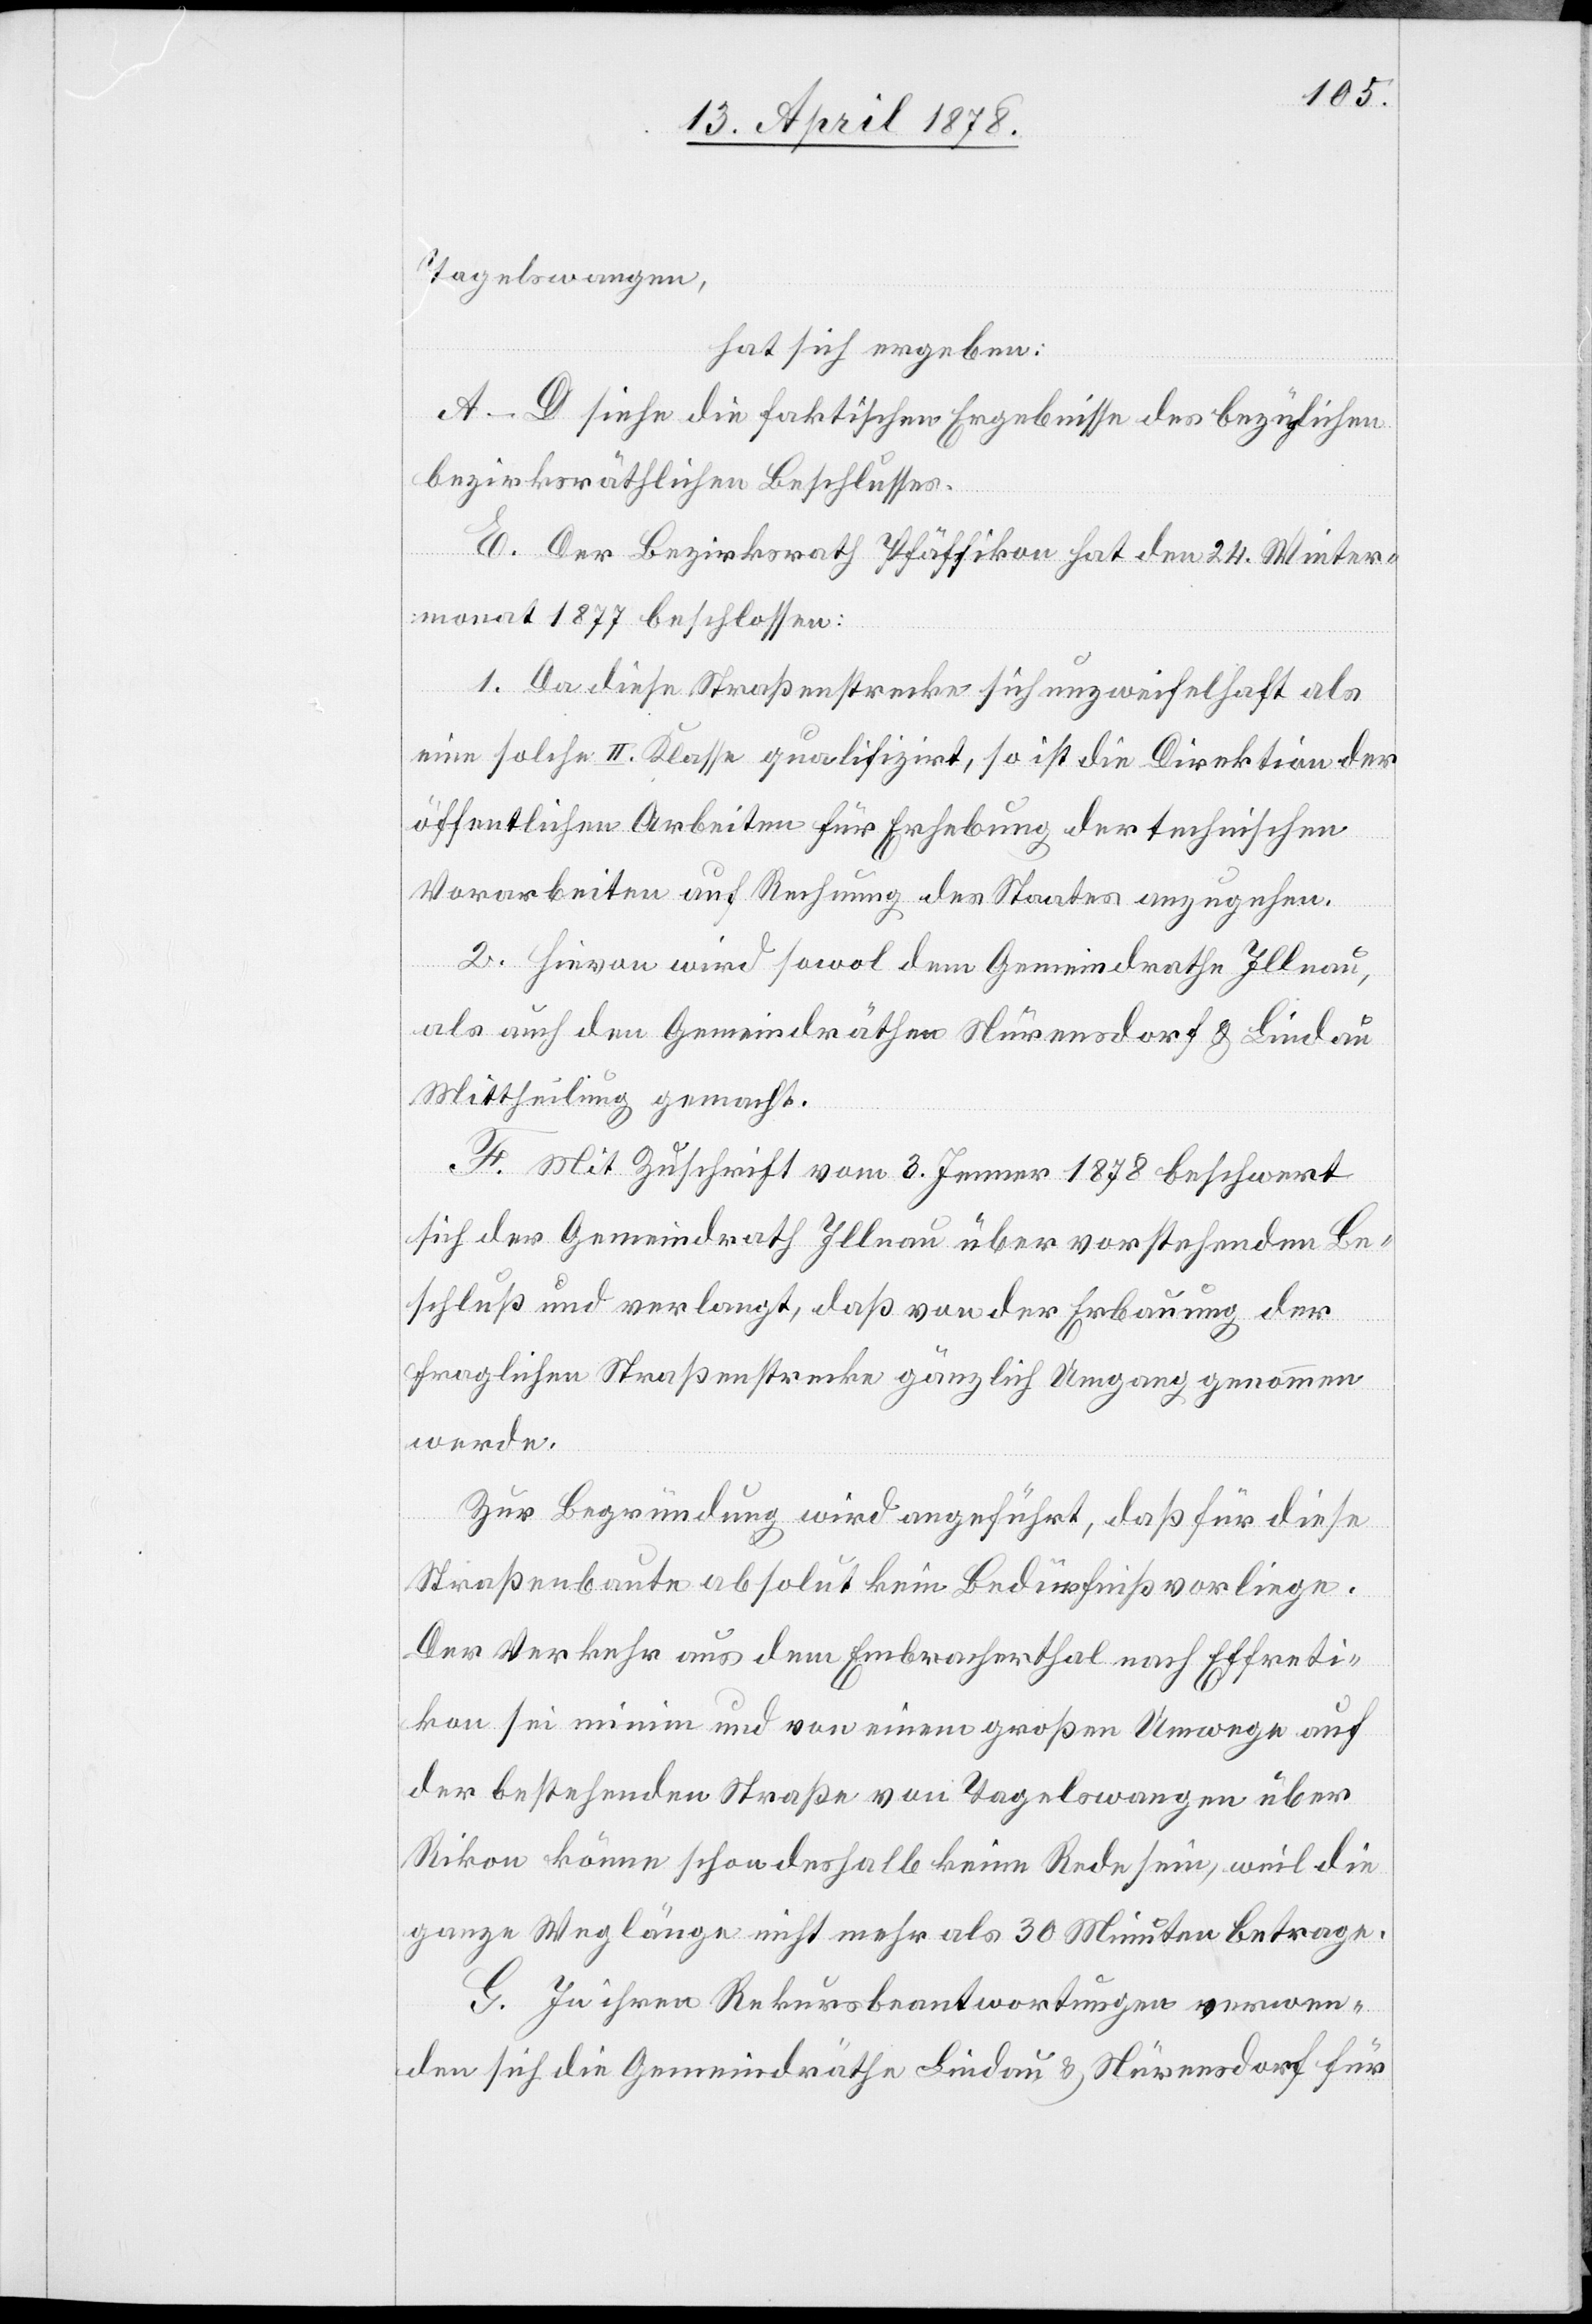
Tagelswangen,
hat sich ergeben:
A–D. siehe die faktischen Ergebnisse des bezüglichen
bezirksräthlichen Beschlusses.
E. Der Bezirksrath Pfäffikon hat den 24. Winter¬
monat 1877 beschlossen:
1. Da diese Straßenstrecke sich unzweifelhaft als
eine solche II. Klasse qualifizirt, so ist die Direktion der
öffentlichen Arbeiten für Erhebung der technischen
Vorarbeiten auf Rechnung des Staates anzugehen.
2. Hievon wird sowol dem Gemeindrathe Illnau,
als auch den Gemeindräthen Nürensdorf & Lindau
Mittheilung gemacht.
F. Mit Zuschrift vom 3. Jenner 1878 beschwert
sich der Gemeindrath Illnau über vorstehenden Be¬
schluß und verlangt, daß von der Erbauung der
fraglichen Straßenstrecke gänzlich Umgang genommen
werde.
Zur Begründung wird angeführt, daß für diese
Straßenbaute absolut kein Bedürfniß vorliege.
Der Verkehr aus dem Embracherthal nach Effreti¬
kon sei minim und von einem großen Umwege auf
der bestehenden Straße von Tagelswangen über
Rikon könne schon deshalb keine Rede sein, weil die
ganze Weglänge nicht mehr als 30 Minuten betrage.
G. In ihren Rekursbeantwortungen verwen¬
den sich die Gemeindräthe Lindau & Nürensdorf für